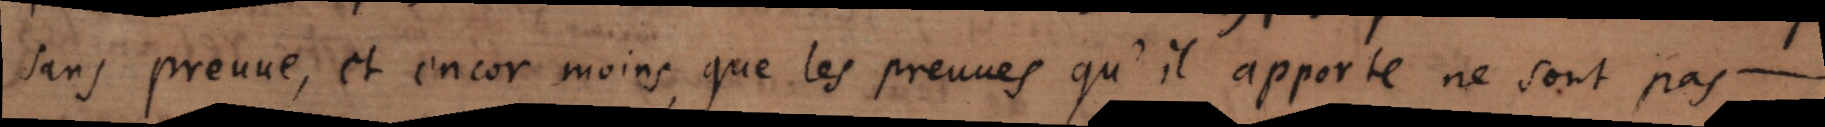
sans preuve, et encor moins, que les preuves qu’il apporte ne sont pas